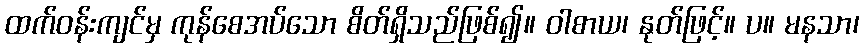
ထက်ဝန်းကျင်မှ ကုန်စေအပ်သော စိတ်ရှိသည်ဖြစ်၍။ ဝါစာယ၊ နုတ်ဖြင့်။ ပ။ မနသာ၊